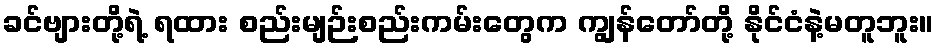
ခင်ဗျားတို့ရဲ့ ရထား စည်းမျဉ်းစည်းကမ်းတွေက ကျွန်တော်တို့ နိုင်ငံနဲ့မတူဘူး။